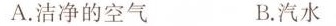
A.洁净的空气 B.汽水